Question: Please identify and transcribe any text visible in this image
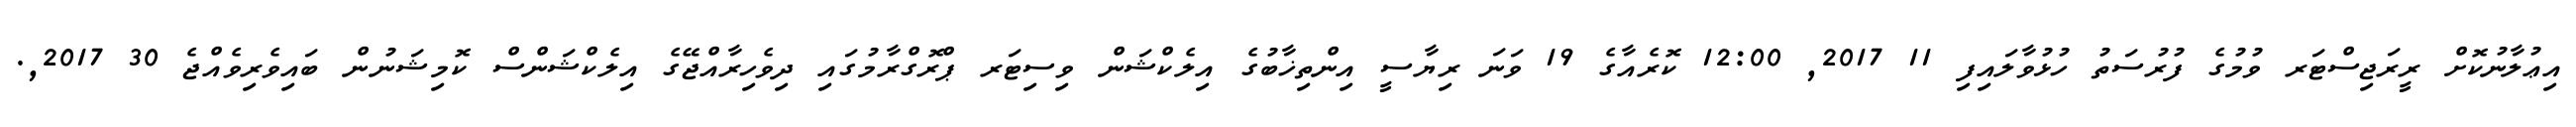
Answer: އިޢުލާނުކޮށް ރީރަޖިސްޓަރ ވުމުގެ ފުރުސަތު ހުޅުވާލައިފި 11 2017, 12:00 ކޮރެއާގެ 19 ވަނަ ރިޔާސީ އިންތިޚާބުގެ އިލެކްޝަން ވިސިޓަރ ޕްރޮގްރާމުގައި ދިވެހިރާއްޖޭގެ އިލެކްޝަންސް ކޮމިޝަނުން ބައިވެރިވެއްޖެ 30 2017,.